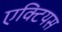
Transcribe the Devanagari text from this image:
एक्टियस